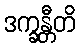
ဒက္ခန္တီတိ